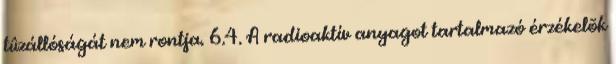
tûzállóságát nem rontja. 6.4. A radioaktív anyagot tartalmazó érzékelõk